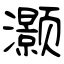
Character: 灏